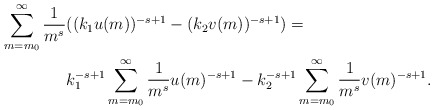
\begin{align*}\sum_{m=m_0}^{\infty}\frac{1}{m^s}&((k_1u(m))^{-s+1}-(k_2v(m))^{-s+1})=\\&k_1^{-s+1}\sum_{m=m_0}^{\infty}\frac{1}{m^s}u(m)^{-s+1}-k_2^{-s+1}\sum_{m=m_0}^{\infty}\frac{1}{m^s}v(m)^{-s+1}.\end{align*}